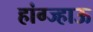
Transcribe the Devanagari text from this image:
हांग्ज्हाऊ